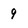
Character: 9